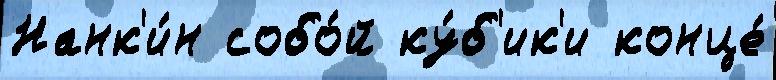
Нанк'и́н собо́й ку́б'ик'и конце́